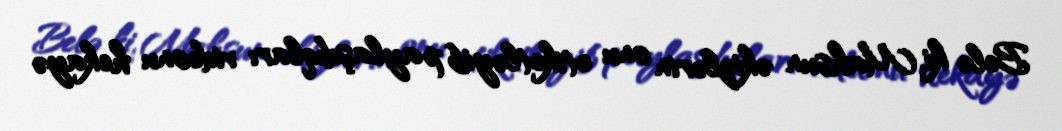
Belə ki, Mahsun əkizlərin onu etiketləyib paylaşdıqları videonu hekayə